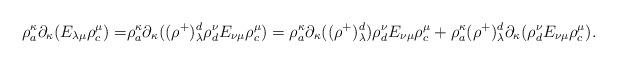
LaTeX: \begin{align*}\rho^\kappa_a\partial_\kappa (E_{\lambda \mu}\rho^\mu_c)=&\rho^\kappa_a\partial_\kappa((\rho^+)^d_\lambda\rho^\nu_d E_{\nu \mu}\rho^\mu_c)=\rho^\kappa_a\partial_\kappa((\rho^+)^d_\lambda)\rho^\nu_d E_{\nu \mu}\rho^\mu_c+\rho^\kappa_a(\rho^+)^d_\lambda\partial_\kappa(\rho^\nu_d E_{\nu \mu}\rho^\mu_c).\end{align*}